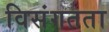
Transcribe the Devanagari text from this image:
विसंगतता